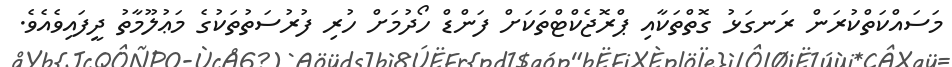
މަސައްކަތްކުރަން ރަނގަޅު ގޮތްތަކާއި ޕްރޮޖެކްޓްތަކަށް ފަންޑް ހޯދުމަށް ހުރި ފުރުސަތުތަކުގެ މަޢުލޫމާތު ދީފައިވެއެވެ.